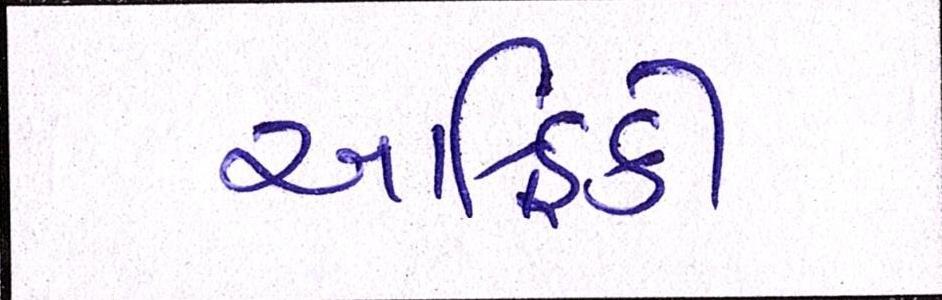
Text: આફ્રિકી